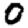
Digit: 0